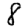
Digit: 8